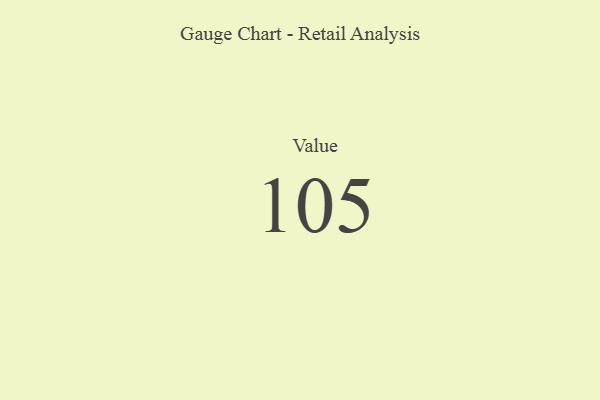
{"axis": {"x": "Metric", "y": "Value"}, "legend": [""], "data": [{"x": "Value", "y": 105, "type": ""}]}